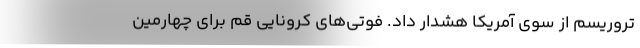
تروریسم از سوی آمریکا هشدار داد. فوتی‌های کرونایی قم برای چهارمین